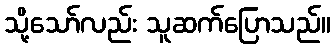
သို့သော်လည်း သူဆက်ပြောသည်။